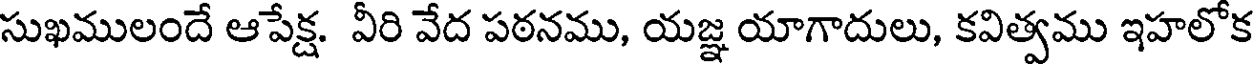
సుఖములందే ఆపేక్ష. వీరి వేద పఠనము, యజ్ఞ యాగాదులు, కవిత్వము ఇహలోక